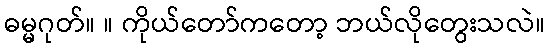
ဓမ္မဂုတ်။ ။ ကိုယ်တော်ကတော့ ဘယ်လိုတွေးသလဲ။